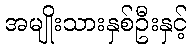
အမျိုးသားနှစ်ဦးနှင့်